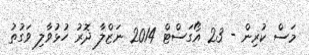
މަސް ކުރިން - 23 އޯގަސްޓް 2014 ނަޒްލާ ދޮރު ހުޅުވާލި ވަގުތު